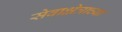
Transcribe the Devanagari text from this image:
सेवाक्षेत्राच्या